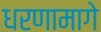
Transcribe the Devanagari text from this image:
धरणामागे